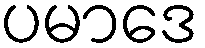
ပမာဒေ